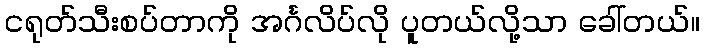
ငရုတ်သီးစပ်တာကို အင်္ဂလိပ်လို ပူတယ်လို့သာ ခေါ်တယ်။